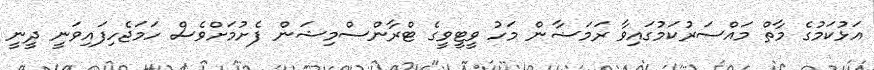
އަޅުކަމުގެ މާތް މައްސަރުކަމުގައިވާ ރަމަޟާން މަހު ވީޓީވީގެ ޓްރާންސްމިޝަން ފެށުމަށްވެސް ހަމަޖެހިފައިވަނީ ދީނީ